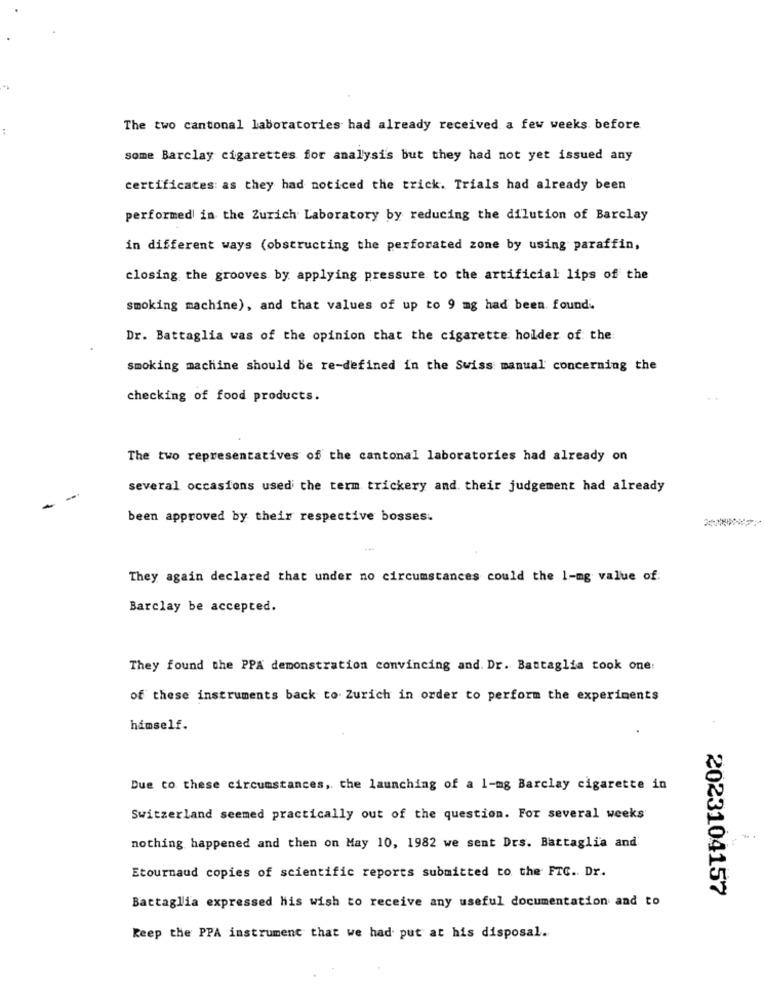
The two cantonal laboratories had already received a few weeks before
some Barclay cigarettes for analysis but they had not yet issued any
certificates as they had noticed the trick. Trials had already been
performed in the Zurich Laboratory by reducing the dilution of Barclay
in different ways (obstructing the perforated zone by using paraffin,
closing the grooves by applying pressure to the artificial lips of the
smoking machine), and that values of up to 9 mg had been found.
Dr. Battaglia was of the opinion that the cigarette holder of the
smoking machine should be re-defined in the Swiss manual concerning the
checking of food products.
The two representatives of the cantonal laboratories had already on
several occasions used the term trickery and their judgement had already
been approved by their respective bosses.
They again declared that under no circumstances could the 1-mg value of:
Barclay be accepted.
They found the PPA demonstration convincing and. Dr. Battaglia took one:
of these instruments back to Zurich in order to perform the experiments
himself.
Due to these circumstances, the launching of a 1-mg Barclay cigarette in
Switzerland seemed practically out of the question. For several weeks
nothing happened and then on May 10, 1982 we sent Drs. Battaglia and
Etournaud copies of scientific reports submitted to the FTC .. Dr.
2023104157
Battaglia expressed his wish to receive any useful documentation and to
Keep the PPA instrument that we had put at his disposal.